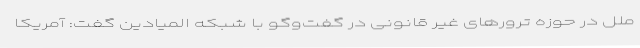
ملل در حوزه ترورهای غیر قانونی در گفت‌وگو با شبکه المیادین گفت: آمریکا